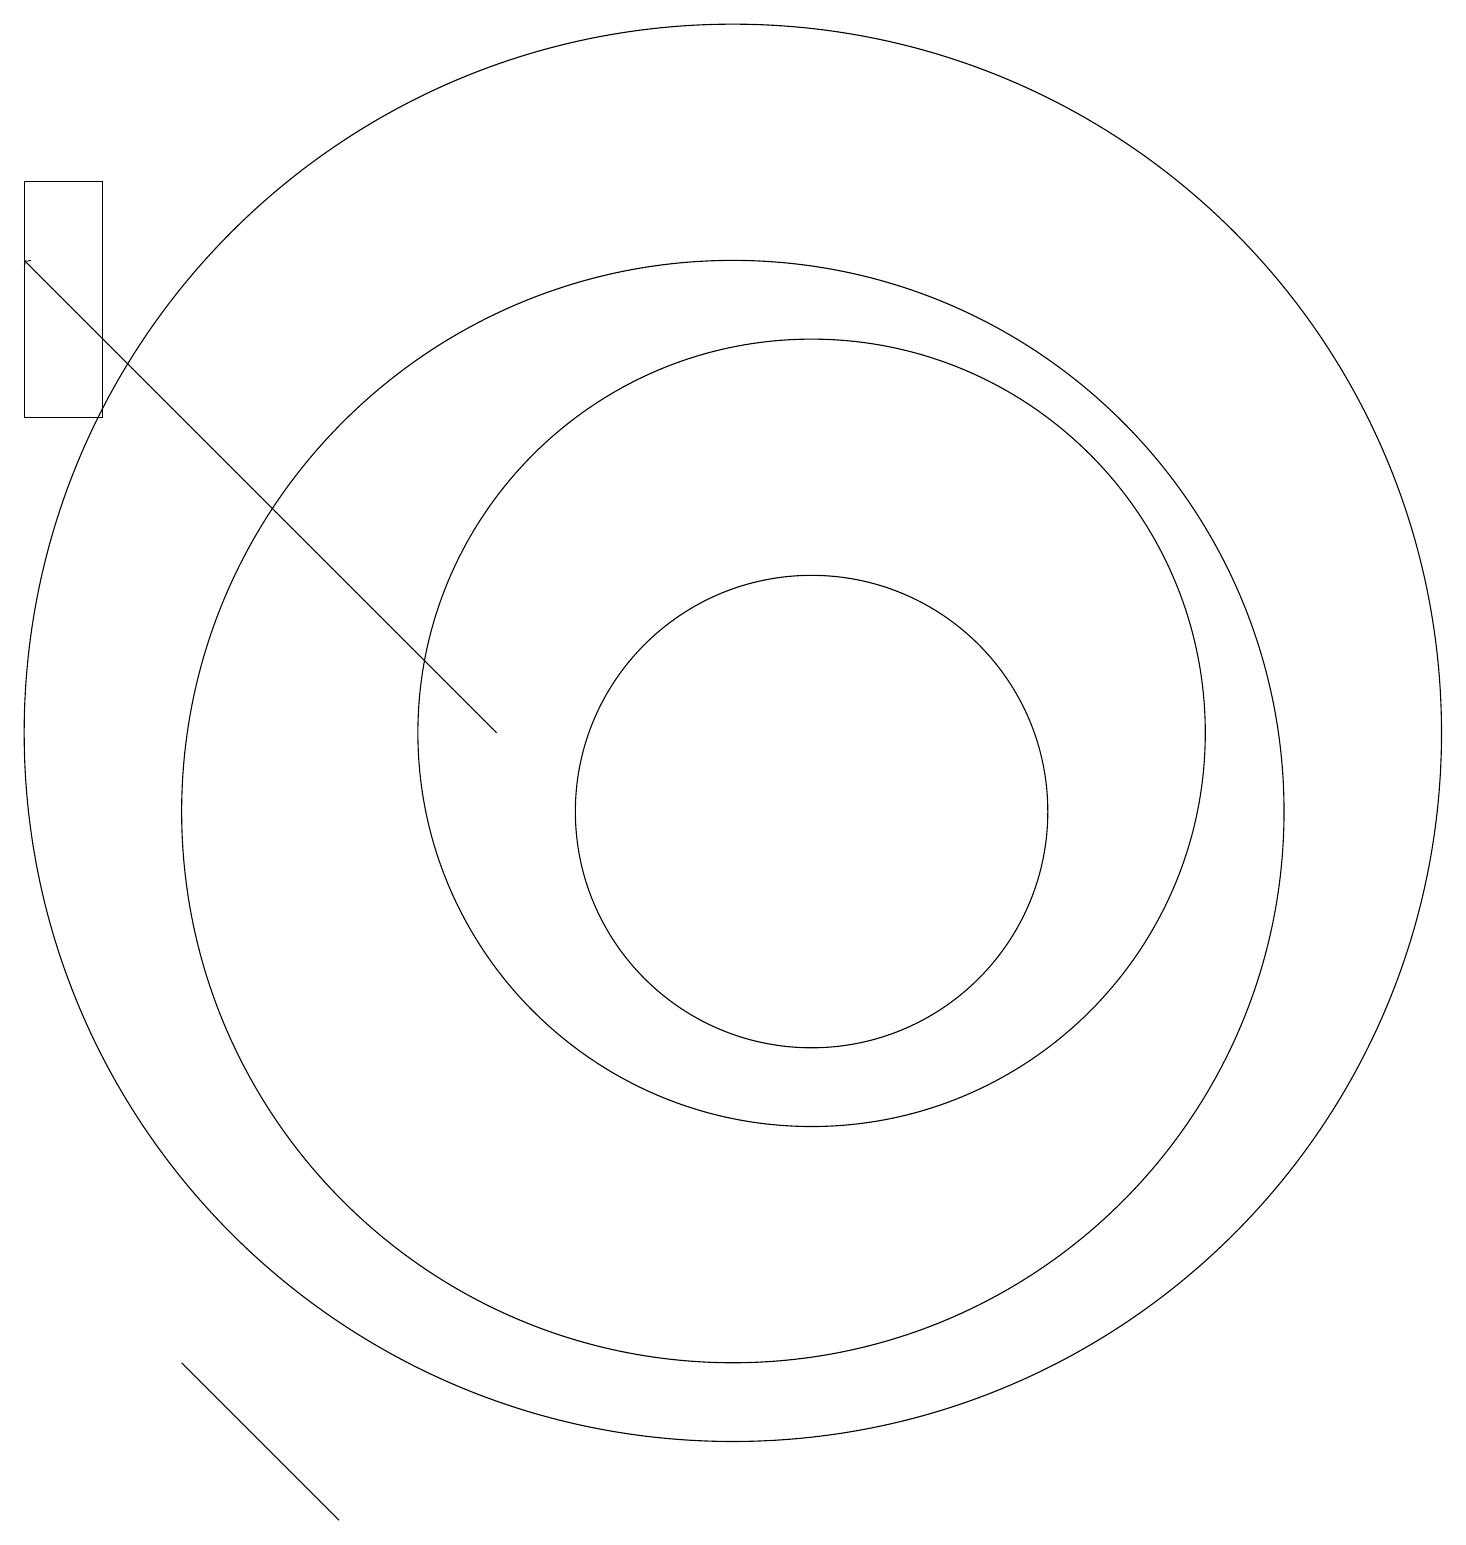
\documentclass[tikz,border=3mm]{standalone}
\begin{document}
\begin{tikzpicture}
\draw (12,12) circle (5);
\draw (4,4) -- (6,2) -- (6,2) -- cycle;
\draw (12,11) circle (3);
\draw (11,11) circle (7);
\draw (2,19) rectangle (3,16);
\draw[->] (8,12) -- (2,18);
\draw (11,12) circle (9);
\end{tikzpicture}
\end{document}